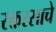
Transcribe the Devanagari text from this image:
रक्तरसाचे